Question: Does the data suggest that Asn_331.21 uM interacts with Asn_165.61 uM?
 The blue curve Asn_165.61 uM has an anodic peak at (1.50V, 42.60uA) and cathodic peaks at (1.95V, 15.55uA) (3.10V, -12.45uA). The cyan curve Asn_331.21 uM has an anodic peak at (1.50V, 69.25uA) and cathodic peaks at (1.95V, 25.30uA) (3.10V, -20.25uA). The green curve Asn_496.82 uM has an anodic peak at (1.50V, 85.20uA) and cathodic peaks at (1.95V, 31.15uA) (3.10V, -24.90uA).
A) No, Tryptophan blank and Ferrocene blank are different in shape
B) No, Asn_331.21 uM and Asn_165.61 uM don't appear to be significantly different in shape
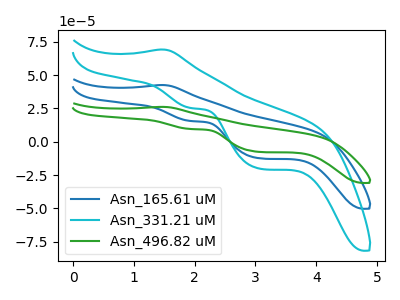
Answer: <think>All the peaks in "Asn_331.21 uM" have a peak in "Asn_165.61 uM" at the same potential.
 </think>
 <answer>B) No, "Asn_331.21 uM" and "Asn_165.61 uM" don't appear to be significantly different in shape</answer>
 <eval>B</eval>